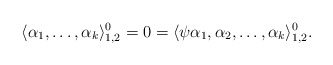
\begin{align*}\langle \alpha_1,\dots,\alpha_k\rangle_{1,2}^0=0=\langle \psi \alpha_1,\alpha_2,\dots,\alpha_k\rangle_{1,2}^0.\end{align*}